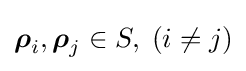
{\boldsymbol {\rho }}_{i},{\boldsymbol {\rho }}_{j}\in S,\;(i\neq j)